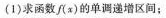
(1)求函数f(x)的单调递增区间；